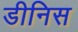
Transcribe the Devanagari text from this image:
डीनिस